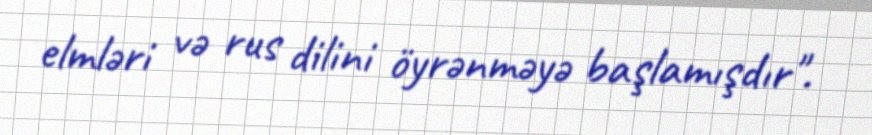
elmləri və rus dilini öyrənməyə başlamışdır".